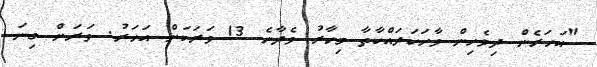
"އަހަރެން ދިވެހިން ވާހަކަދައްކާތާ މިހާރު ވެދާނެ 13 ވަރަކަށް އަހަރު. ވަރަށް ގިނަ